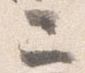
二